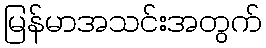
မြန်မာအသင်းအတွက်